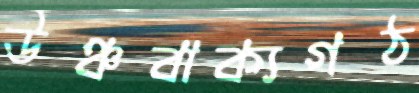
উঞ্চবাক্যগঠ